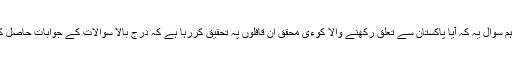
اور سب سے اہم سوال یہ کہ آیا پاکستان سے تعلق رکھنے والا کوءی محقق ان قافلوں پہ تحقیق کررہا ہے کہ درج بالا سوالات کے جوابات حاصل کیے جا سکیں؟